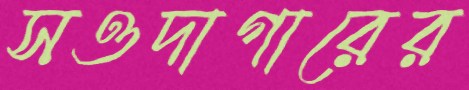
সওদাগারের